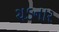
ચડનાર